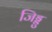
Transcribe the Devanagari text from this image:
जिड्डु